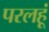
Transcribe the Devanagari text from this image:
परलहूं